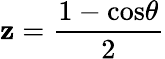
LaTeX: \mathbf{z}=\frac{{1-\mathrm{{cos}}\theta}}{{2}}